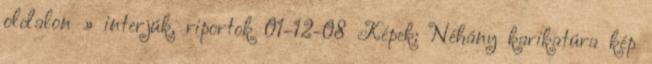
oldalon » interjúk, riportok 01-12-08 Képek: Néhány karikatúra kép